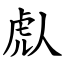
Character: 䖋